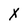
Character: X